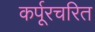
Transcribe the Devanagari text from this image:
कर्पूरचरित